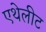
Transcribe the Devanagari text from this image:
एथेलीट